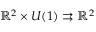
\mathbb { R } ^ { 2 } \times U ( 1 ) \rightrightarrows \mathbb { R } ^ { 2 }